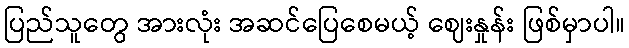
ပြည်သူတွေ အားလုံး အဆင်ပြေစေမယ့် ဈေးနှုန်း ဖြစ်မှာပါ။